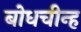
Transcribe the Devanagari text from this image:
बोधचीन्ह